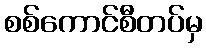
စစ်ကောင်စီတပ်မှ